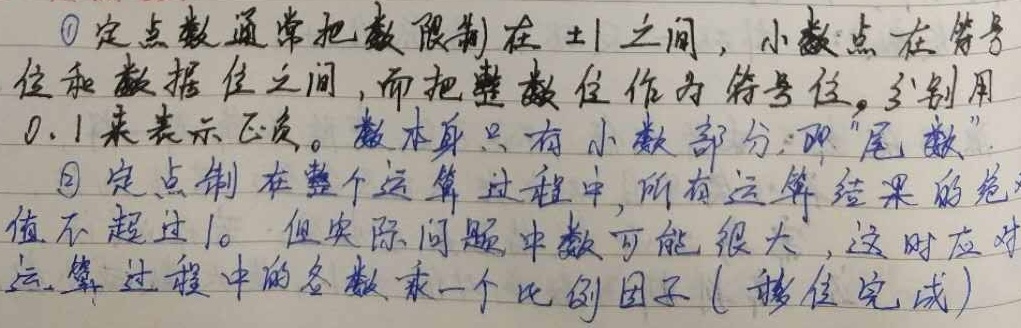
\textcircled{1}定点数通常把数限制在\(\pm1\)之间，小数点在符号位和数据位之间，而把整数位作为符号位，分别用\(0,1\)来表示正负。数本身只有小数部分，即“尾数”。

\textcircled{2}定点制在整个运算过程中，所有运算结果的范值不超过\(1\)。但实际问题中数可能很大，这时应对运算过程中的各数乘一个比例因子(移位完成)